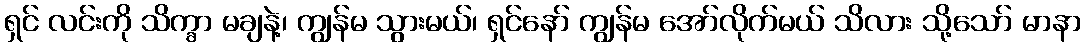
ရှင် လင်းကို သိက္ခာ မချနဲ့၊ ကျွန်မ သွားမယ်၊ ရှင်နော် ကျွန်မ အော်လိုက်မယ် သိလား သို့သော် မာနာ